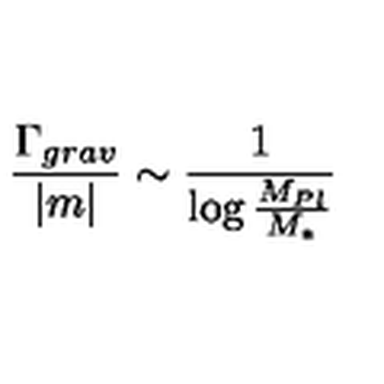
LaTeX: \frac { \Gamma _ { g r a v } } { | m | } \sim \frac { 1 } { \log \frac { M _ { P l } } { M _ { * } } }